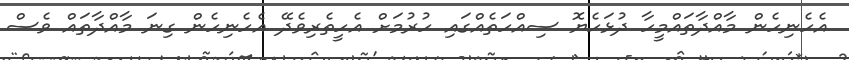
އެހެނިހެން މާއްދާތައްމީހާ ދުޅަހެޔޮ ސިއްހަތެއްގައި ހުރުމަށް އެހީތެރިވެދޭ އެހެނިހެން ގިނަ މާއްދާތައް ވެސް